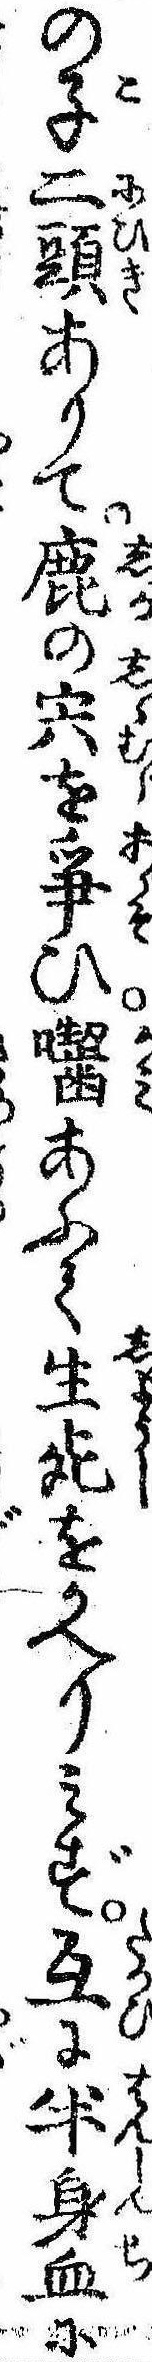
の子二頭ありて鹿の宍を争ひ囓あふて生死をかへりみず互に半身血に